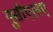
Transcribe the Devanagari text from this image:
युसीएलए